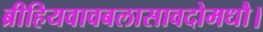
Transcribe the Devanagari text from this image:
ब्रीहियवावबलासावदोमधौ।